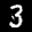
Label: 3